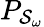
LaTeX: P_{\mathcal{S}_{\omega}}